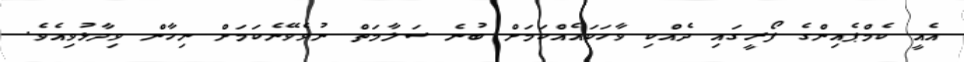
އެއީ ކެމްޕެއިންގެ ފޯރީގައި ދެއްކި ވާހަކައެއްކަމަށް ބުނެ ސަލާމަތް ނުވެވޭނެކަމަށް ނިހާން ވިދާޅުވިއެވެ.